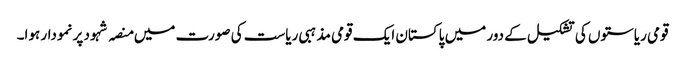
قومی ریاستوں کی تشکیل کے دور میں پاکستان ایک قومی مذہبی ریاست کی صورت میں منصہ شہود پر نمودار ہوا۔